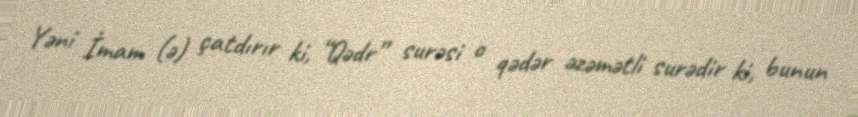
Yəni İmam (ə) çatdırır ki, “Qədr” surəsi o qədər əzəmətli surədir ki, bunun